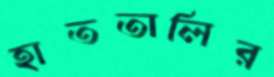
হাততালির